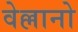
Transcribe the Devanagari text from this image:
वेल्लानो